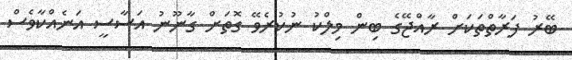
ބޭރު ފަރާތްތަކަށް ރާއްޖޭގެ ބިން މިލްކު ނުކުރެވޭ ގޮތަށް ގާނޫނު އަސާސީ އަނެއްކާވެސް